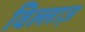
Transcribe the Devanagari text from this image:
विल्लाज़